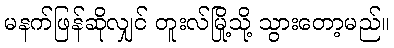
မနက်ဖြန်ဆိုလျှင် တူးလ်မြို့သို့ သွားတော့မည်။